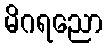
မိဂရညော